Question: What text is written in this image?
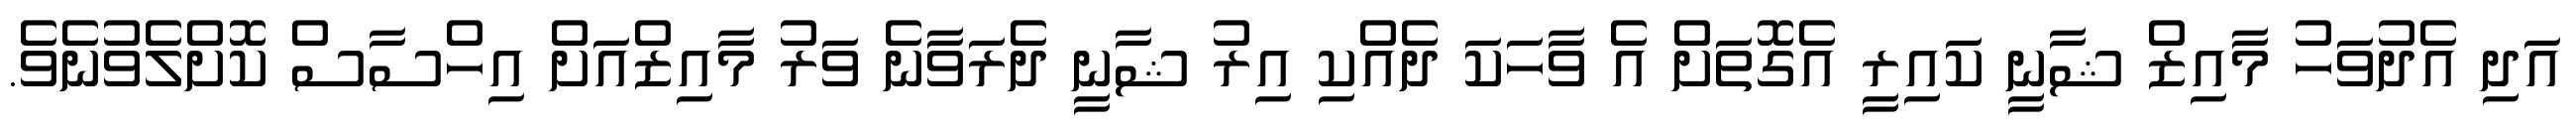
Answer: އަދި އެދުވަހު މާއިޒް ޝާނީ ކައިރީ އެގޮތަށް އެ ވާހަކަ ދެއްކި އިރު ޝާނީ ދެރަވާނެ ވަރު މާއިޒްއަށް އިހްސާސް ކޮށްލެވުނެވެ.